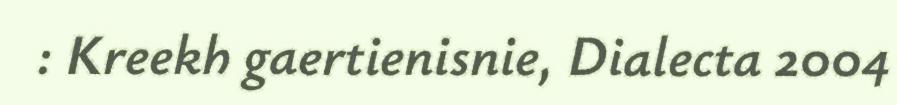
: Kreekh gaertienisnie, Dialecta 2004